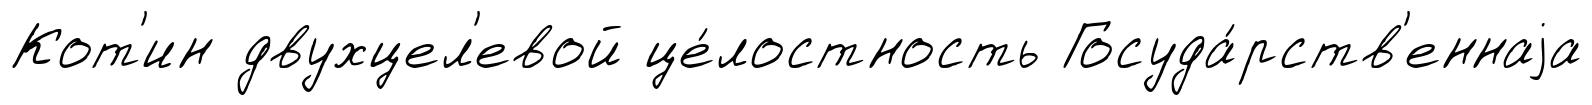
Кот'ин двухцел'евой це́лостность Госуда́рств'еннаjа